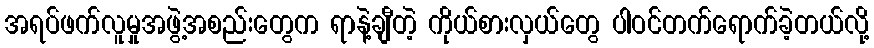
အရပ်ဖက်လူမှုအဖွဲ့အစည်းတွေက ရာနဲ့ချီတဲ့ ကိုယ်စားလှယ်တွေ ပါဝင်တက်ရောက်ခဲ့တယ်လို့